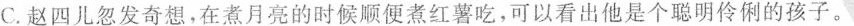
C. 赵四儿忽发奇想，在煮月亮的时候顺便煮红薯吃，可以看出他是个聪明伶俐的孩子。